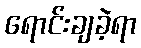
ရောင်းချခဲ့ရာ